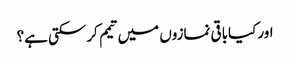
اور کیاباقی نمازوں میں تیمم کرسکتی ہے؟